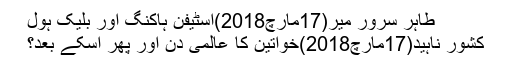
طاہر سرور میر(17مارچ2018)اسٹیفن ہاکنگ اور بلیک ہول
کشور ناہید(17مارچ2018)خواتین کا عالمی دن اور پھر اسکے بعد؟